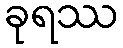
ခုရဿ